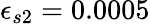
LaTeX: \epsilon_{s2}=0.0005